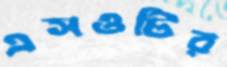
এসওটির